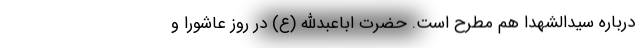
درباره سیدالشهدا هم مطرح است. حضرت اباعبدالله (ع) در روز عاشورا و